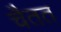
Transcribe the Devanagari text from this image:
चैतत